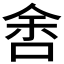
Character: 𱒱